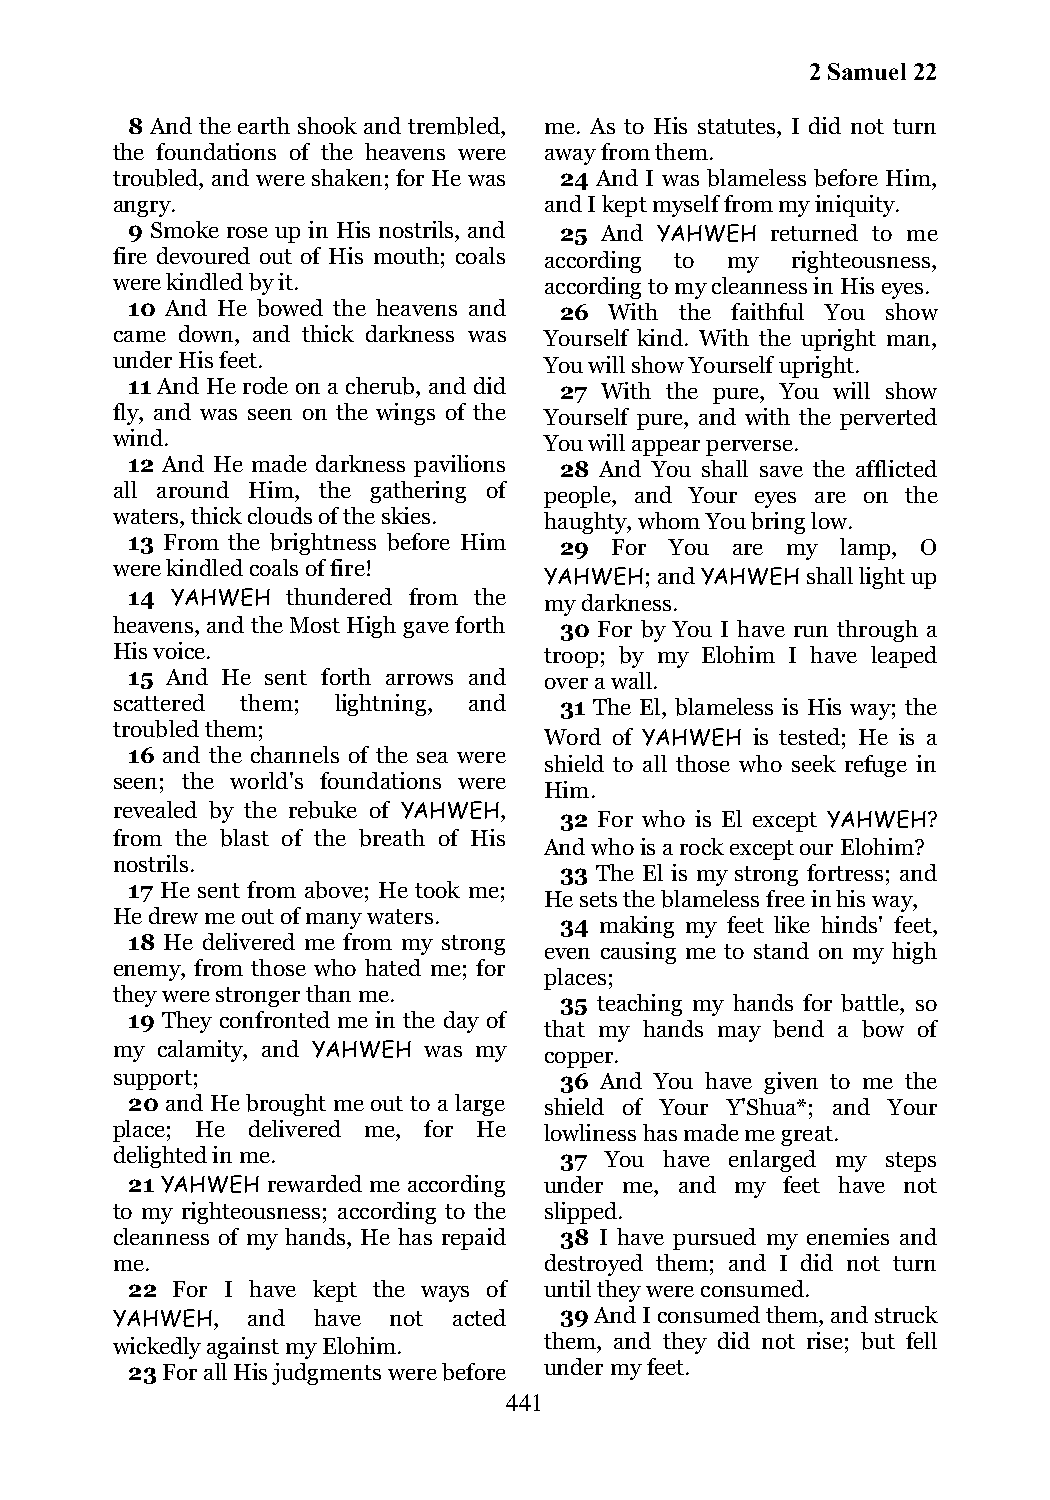
2 Samuel 22
 8 And the earth shook and trembled, me. As to His statutes, I did not turn
 the foundations of the heavens were away from them.
 troubled, and were shaken; for He was 24 And I was blameless before Him,
 angry.                       and I kept myself from my iniquity.
 9 Smoke rose up in His nostrils, and 25 And YAHWEH returned to me
 fire devoured out of His mouth; coals according to my righteousness,
 were kindled by it.          according to my cleanness in His eyes.
 10 And He bowed the heavens and 26 With the faithful You show
 came down, and thick darkness was Yourself kind. With the upright man,
 under His feet.              You will show Yourself upright.
 11 And He rode on a cherub, and did 27 With the pure, You will show
 fly, and was seen on the wings of the Yourself pure, and with the perverted
 wind.                        You will appear perverse.
 12 And He made darkness pavilions 28 And You shall save the afflicted
 all around Him, the gathering of people, and Your eyes are on the
 waters, thick clouds of the skies. haughty, whom You bring low.
 13 From the brightness before Him 29 For You are my lamp, O
 were kindled coals of fire!
 YAHWEH; and YAHWEH shall light up
 14 YAHWEH  thundered from the my darkness.
 heavens, and the Most High gave forth 30 For by You I have run through a
 His voice.                   troop; by my Elohim I have leaped
 15 And He sent forth arrows and over a wall.
 scattered them; lightning, and 31 The El, blameless is His way; the
 troubled them;
 Word of YAHWEH is tested; He is a
 16 and the channels of the sea were
 shield to all those who seek refuge in
 seen; the world's foundations were
 Him.
 revealed by the rebuke of YAHWEH,
 32 For who is El except YAHWEH?
 from the blast of the breath of His
 And who is a rock except our Elohim?
 nostrils.
 33 The El is my strong fortress; and
 17 He sent from above; He took me;
 He sets the blameless free in his way,
 He drew me out of many waters.
 34 making my feet like hinds' feet,
 18 He delivered me from my strong
 even causing me to stand on my high
 enemy, from those who hated me; for
 places;
 they were stronger than me.
 35 teaching my hands for battle, so
 19 They confronted me in the day of
 that my hands may bend a bow of
 my calamity, and YAHWEH was my copper.
 support;                      36 And You have given to me the
 20 and He brought me out to a large shield of Your Y'Shua*; and Your
 place; He delivered me, for He lowliness has made me great.
 delighted in me.              37 You have enlarged my steps
 21 YAHWEH rewarded me according under me, and my feet have not
 to my righteousness; according to the slipped.
 cleanness of my hands, He has repaid 38 I have pursued my enemies and
 me.                          destroyed them; and I did not turn
 22 For I have kept the ways of until they were consumed.
 YAHWEH,  and  have not acted  39 And I consumed them, and struck
 wickedly against my Elohim.  them, and they did not rise; but fell
 23 For all His judgments were before under my feet.
 441